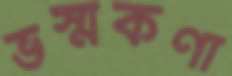
ভস্মকণা